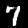
Label: 7